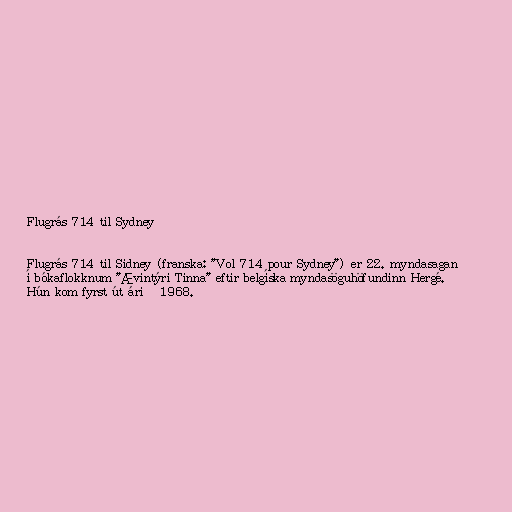
Flugrás 714 til Sydney

Flugrás 714 til Sidney (franska: "Vol 714 pour Sydney") er 22. myndasagan
í bókaflokknum "Ævintýri Tinna" eftir belgíska myndasöguhöfundinn Hergé.
Hún kom fyrst út árið 1968.